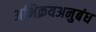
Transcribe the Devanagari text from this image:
अभिक्रयअनुबंध